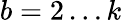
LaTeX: b=2\dots k